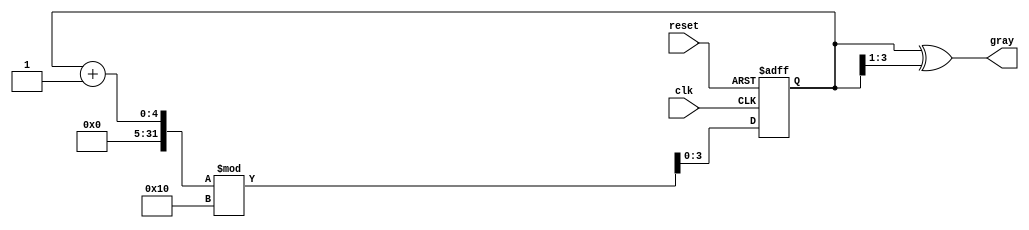
module gray_code_counter #(
    parameter N = 4 // Number of bits for the counter
)(
    input wire clk,          // Clock signal
    input wire reset,        // Reset signal
    output reg [N-1:0] gray // Gray code output
);

    reg [N-1:0] binary; // Register to hold the current binary count

    // Binary to Gray code conversion function
    function [N-1:0] binary_to_gray;
        input [N-1:0] bin;
        begin
            binary_to_gray = bin ^ (bin >> 1);
        end
    endfunction

    // Always block for synchronous reset and counting
    always @(posedge clk or posedge reset) begin
        if (reset) begin
            binary <= 0; // Initialize binary count to 0
        end else begin
            binary <= (binary + 1) % (1 << N); // Increment binary count with wrap-around
        end
    end

    // Always block for updating Gray code output
    always @(binary) begin
        gray <= binary_to_gray(binary); // Convert binary count to Gray code
    end

endmodule